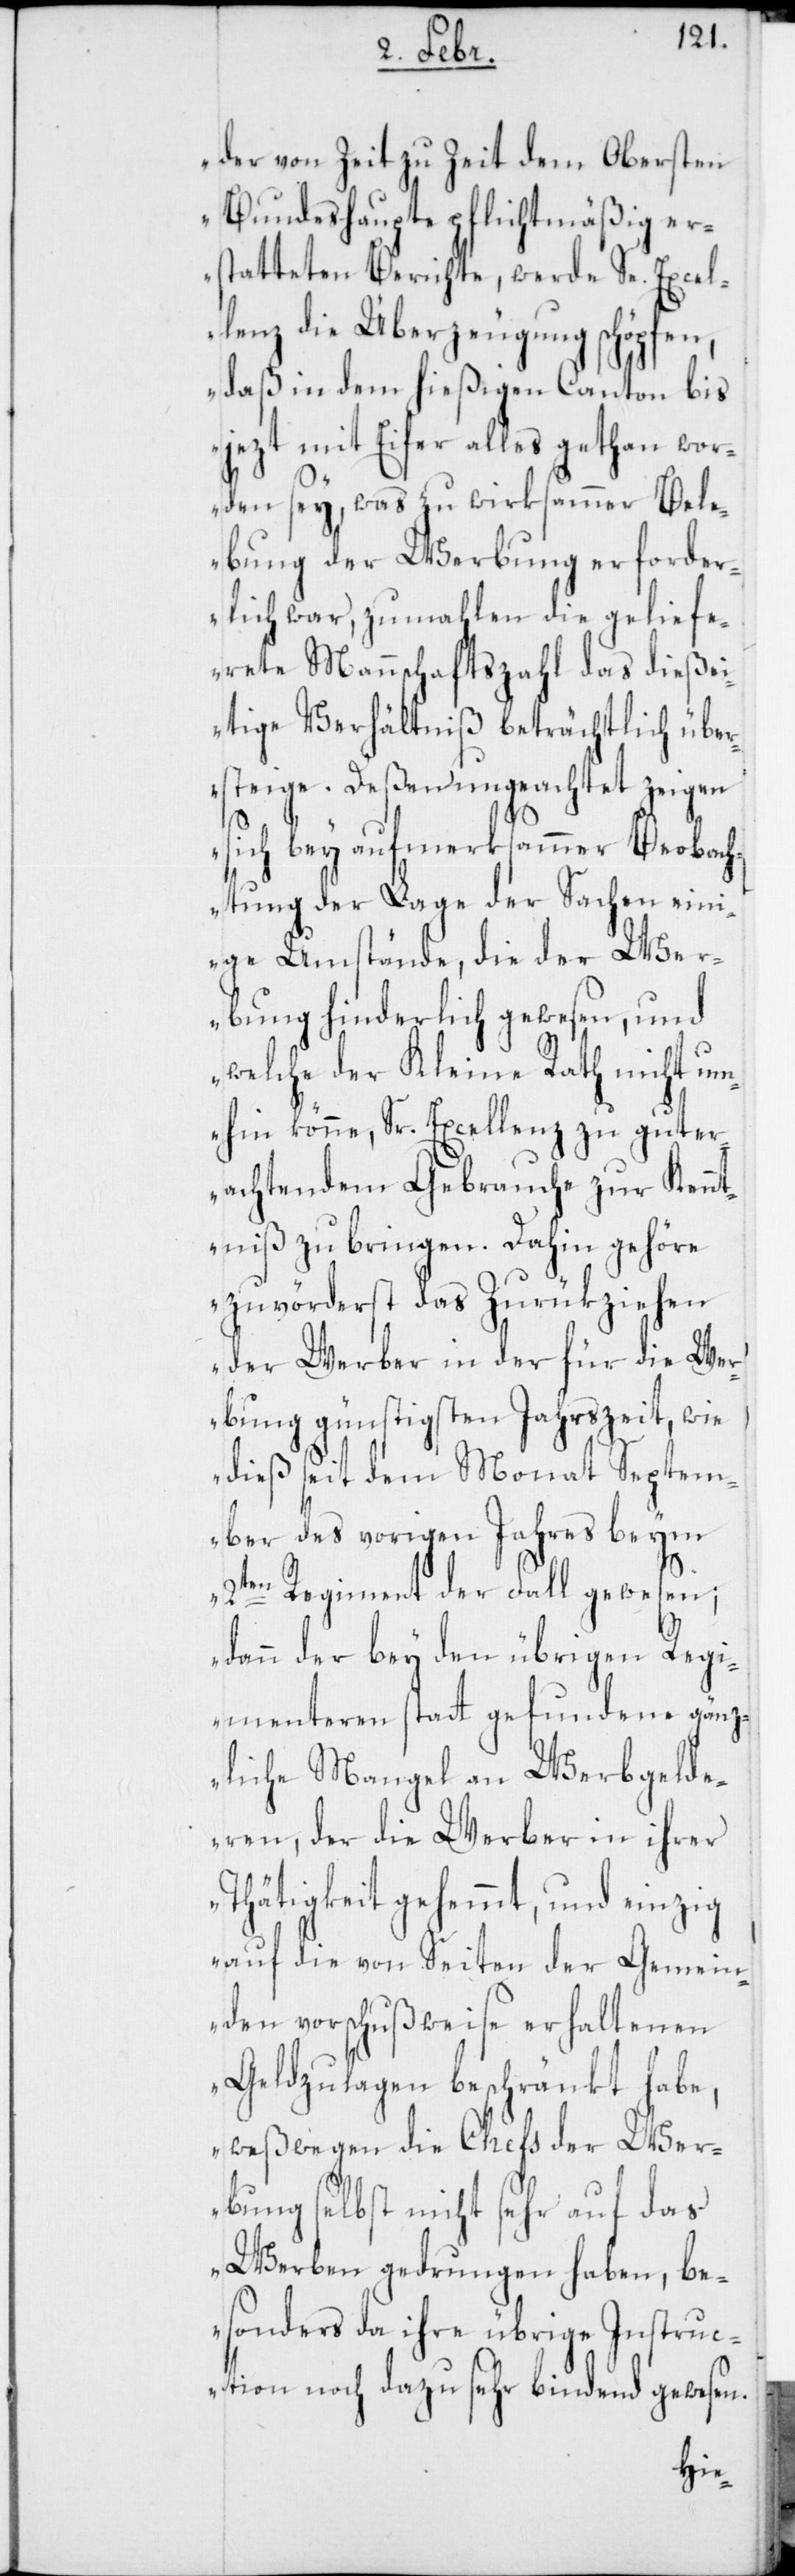
der von Zeit zu Zeit dem Obersten
Bundeshaupte pflichtmäßig er¬
statteten Berichte, werde Se. Excel¬
lenz die Überzeugung schöpfen,
daß in dem hießigen Canton bis
jezt mit Eifer alles gethan wor¬
den sey, was zu wirksammer Bel¬
ebung der Werbung erforder¬
lich war, zumahlen die geliefe¬
rete Mannschaftszahl das dieße¬
itige Verhältniß beträchtlich über¬
steige. Dessen ungeachtet zeigen
sich bey aufmerksamer Beobach¬
tung der Lage der Sachen ein¬
ige Umstände, die der Wer¬
bung hinderlich gewesen, und
welche der Kleine Rath nicht um¬
hin könne, Sr. Excellenz zu gut er¬
achtendem Gebrauche zur Kennt¬
niß zu bringen. Dahin gehöre
zuvörderst das Zurükziehen
der Werber in der für die Wer¬
bung günstigsten Jahrszeit, wie
dies seit dem Monat Septem¬
ber des vorigen Jahres beym
2ten Regiment der Fall gewesen;
dann der bey den übrigen Regi¬
menteren statt gefundene gänz¬
liche Mangel an Werbgelde¬
ren, der die Werber in ihrer
Thätigkeit gehemmt, und einzig
auf die von Seiten der Gemein¬
den vorschußweise erhaltenen
Geldzulagen beschränkt habe,
weßwegen die Chefs der Wer¬
bung selbst nicht sehr auf das
Werben gedrungen haben, be¬
sonders da ihre übrige Instruc¬
tion noch dazu sehr bindend gewesen.